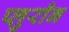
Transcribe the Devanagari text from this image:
प्लुराँन